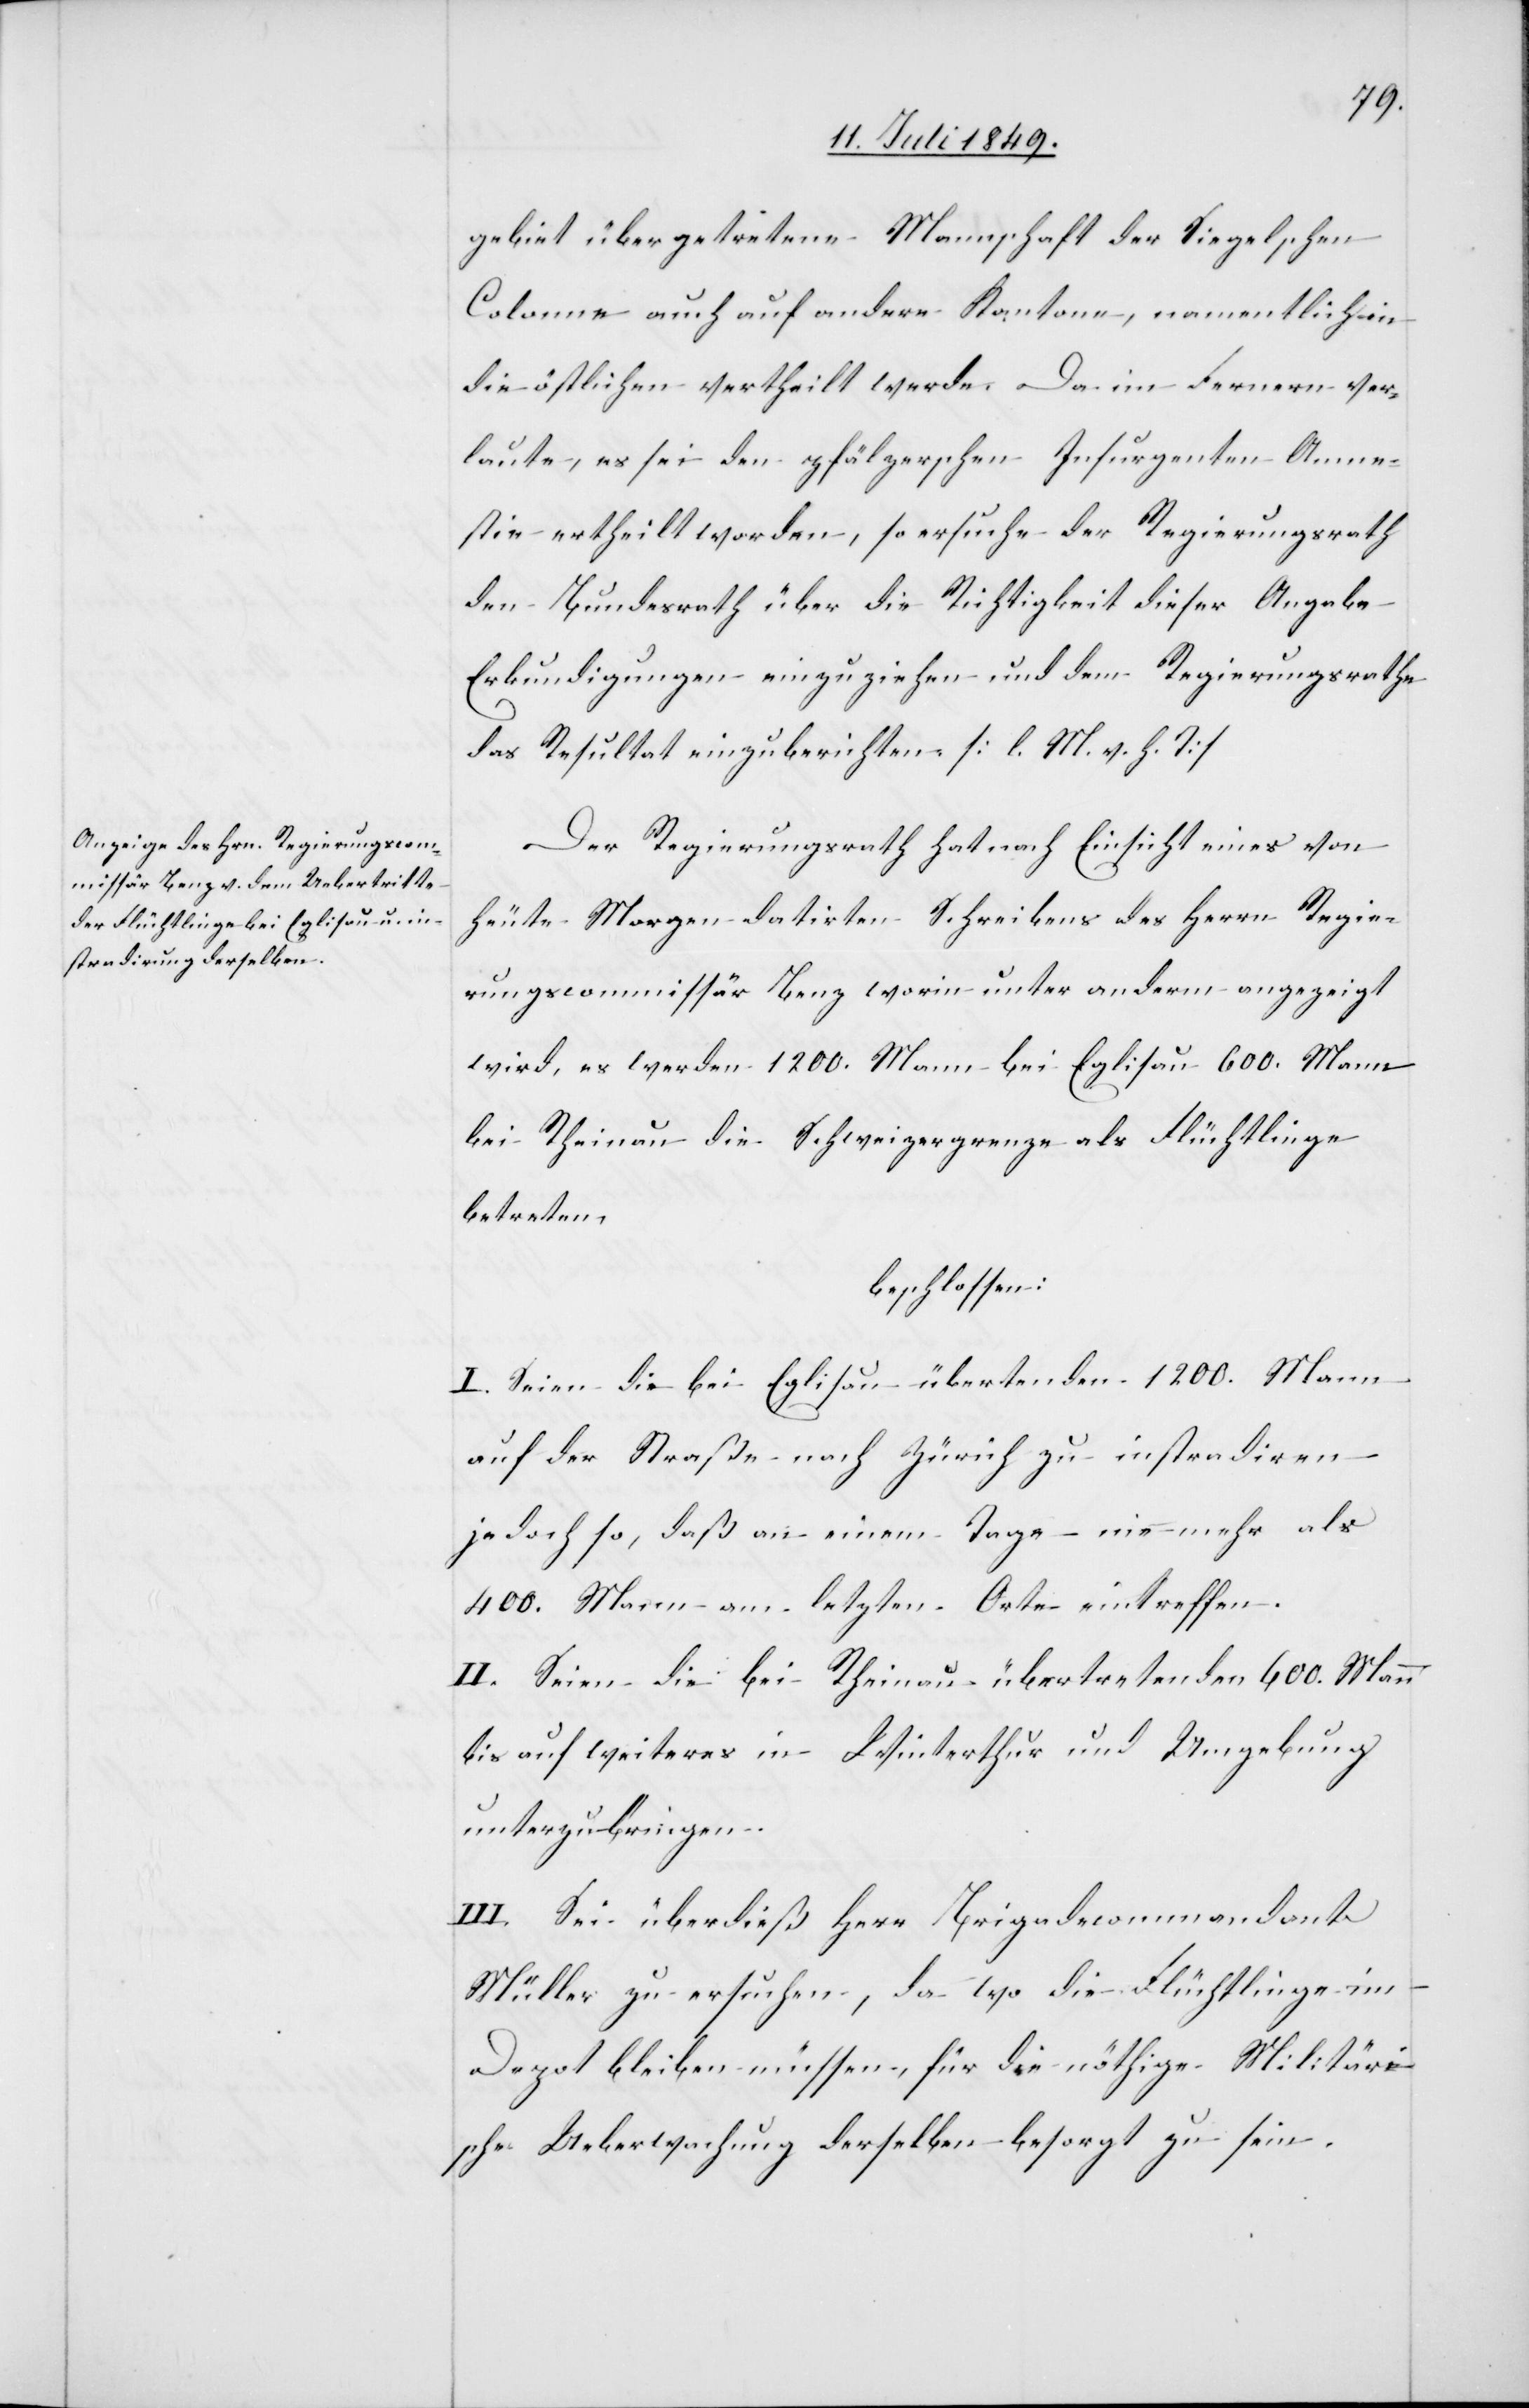
gebiet übergetretenen Mannschaft der Siegelschen
Colonne auch auf andere Kantone, namentlich in
die östlichen vertheilt werde. Da im Fernern ver¬
laute, es sei den pfälzerschen Insurgenten Amne¬
stie ertheilt worden, so ersuche der Regierungsrath
den Bundesrath über die Richtigkeit dieser Angabe
Erkundigungen einzuziehen und dem Regierungsrathe
das Resultat einzuberichten. [l. M. h. T]
Der Regierungsrath hat nach Einsicht eines von
heute Morgen datirten Schreibens des Herrn Regie¬
rungscommissär Benz worin unter anderm angezeigt
wird, es werden 1200. Mann bei Eglisau 600. Mann
bei Rheinau die Schweizergrenze als Flüchtlinge
betreten,
beschlossen:
I. Seien die bei Eglisau übertretenden 1200. Mann
auf der Straße nach Zürich zu instradiren
jedoch so, daß an einem Tage nie mehr als
400. Mann am letzten Orte eintreffen.
II. Seien die bei Rheinau übertretenden 600. Mann
bis auf weiteres in Winterthur und Umgebung
unterzubringen.
III. Sei überdieß Herr Brigadecommandant
Müller zu ersuchen, da wo die Flüchtlinge im
Depot bleiben müssen, für die nöthige Militäri¬
sche Ueberwachung derselben besorgt zu sein.